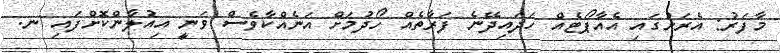
މާފަރު: އެރަށުގައި އެއާޕޯޓެއް ހަދައިދޭނެ ފަރާތެއް ހޯދުމަށް އަނެއްކާވެސް ވަނީ އިއުލާންކޮށްފައި ނ.